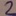
Text: 2